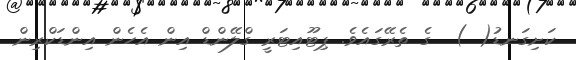
ކަށިގަނޑު( )  ގެ ތެރޭގައެވެ. ޕިޓޫއިޓަރީ ގްލޭންޑް އިން އެހެން އިންޑަކްރިން